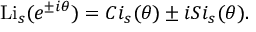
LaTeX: \operatorname { L i } _ { s } ( e ^ { \pm i \theta } ) = C i _ { s } ( \theta ) \pm i S i _ { s } ( \theta ) .